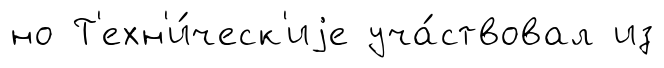
но Т'ехн'и́ческ'иjе уча́ствовал из